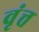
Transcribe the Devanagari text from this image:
वृंत्त